Medical and sanitary report of the native army of Bengal for the year
Year: 1875
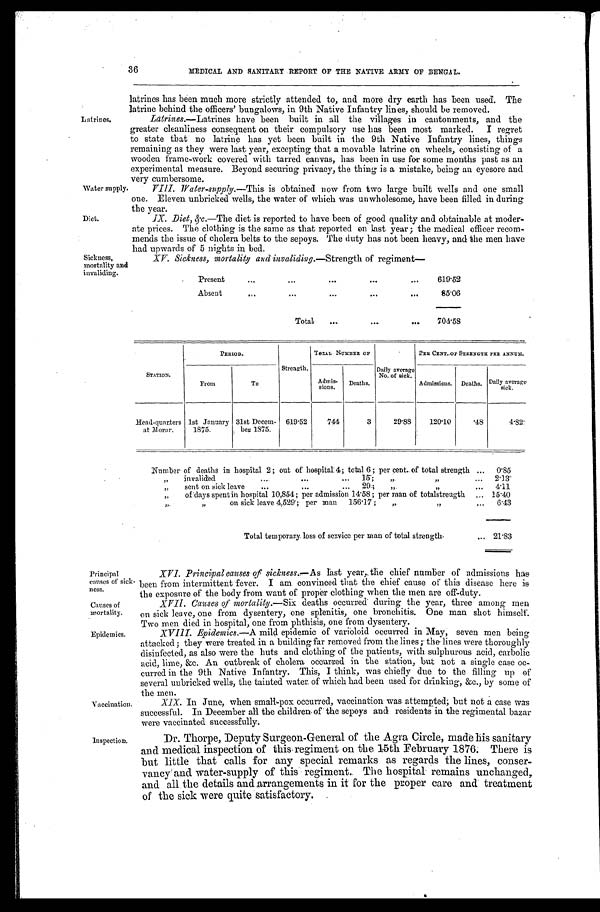
Water supply.
Diet.
Principal
causes of sick--
ness.
Causes of
mortality.
Epidemics.
36
MEDICAL AND SANITARY REPORT OF THE NATIVE ARMY OF BENGAL.
Latrines.
latrines has been much more strictly attended to, and more dry earth has been used. The
latrine behind the officers' bungalows, in 9th Native Infantry lines, should be removed.
Latrines.— Latrines have been built in all the villages in cantonments, and the
greater cleanliness consequent on their compulsory use has been most marked. I regret
to state that no latrine has yet been built in the 9th Native Infantry lines, things
remaining as they were last year, excepting that a movable latrine on wheels, consisting of a
wooden frame-work covered with tarred canvas, has been in use for some months past as an
experimental measure. Beyond securing privacy, the thing is a mistake, being an eyesore and
very cumbersome.
VIII. Water-supply.— This is obtained now from two large built wells and one small
one. Eleven unbricked wells, the water of which was unwholesome, have been filled in during
the year.
IX. Diet, &c.—The diet is reported to have been of good quality and obtainable at moder
-ate prices. The clothing is the same as that reported on last year; the medical officer recom
-mends the issue of cholera belts to the sepoys. The duty has not been heavy, and the men have
had unwards of 5 nights in bed.
Sickness,
mortality and
invaliding.
XV. Sickness, mortality and invaliding.— Strength of regiment
—
Present
. . .
619.52
Absent
.
.
.
85.06
Total
. . .
704.58
STATION.
PERIOD.
Strength.
TOTAL NUMBER OF
Daily average
No. of sick.
PER CENT. OF STRENGTH PER ANNUM.
From
To
Admis-
sions.
Deaths.
Admissions. Deaths. Daily average
sick.
Head-quarters
at Morar.
1st January
1875.
31st Decem-
ber 1875.
619.52
744
3
29.88
120.10
.48
4.82
Number of deaths in hospital 2; out of hospital: 4; total 6; per cent. of total strength . . .
0.85
„
invalided . . . 15; " " . . .
2.13
,,
sent on sick leave . . . 2 9 ; " " . . .
4 . 1 1
" of days spent in hospital 10,854; per admission 14.58; per man of totalstreugth . . . 15.40
" " on sick leave 4,529; per man
156.17; " " . . .
6.43
Total temporary loss of service per man of total strength . . . 21.83
Vaccination.
XVI. Principal causes of sickness.— As last year, the chief number of admissions has
been from intermittent fever. I am convinced that the chief cause of this disease here is
the exposure of the body from want of proper clothing when the men are off-duty.
XVII. Causes of mortality.— Six deaths occurred during the year, three among men
on sick leave, one from dysentery, one splenitis, one bronchitis. One man shot himself.
Two men died in hospital, one from phthisis, one from dysentery.
XVIII. Epidemics.— A mild epidemic of varioloid occurred in May, seven men being
attacked; they were treated in a building far removed from the lines;— the lines were thoroughly
disinfected, as also were the huts and clothing of the patients, with sulphurous acid, carbolic
acid, lime, &c. An outbreak of cholera occurred in the station, but not a single case oc-
-curred in the 9th Native Infantry. This, I think, was chiefly due to the filling up of
several uubricked wells, the tainted water of which had been used for drinking, &c., by some of
the men.
XIX. In June, when small-pox occurred, vaccination. was attempted; but not a case was
successful. In December all the children of the sepoys and residents in the regimental bazar
were vaccinated successfully.
Inspection.
Dr. Thorpe, Deputy Surgeon-General of the Agra Circle, made his sanitary
and medical inspection of this regiment on the 15th February 1876. There is
but little that calls for any special remarks as regards the lines, conser
-vancy and water-supply of this regiment. The hospital remains unchanged,
and all the details and arrangements in it for the proper care and treatment
of the sick were quite satisfactory.